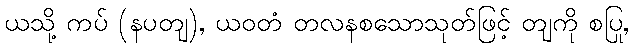
ယသို့ ကပ် (နပတျ), ယဝတံ တလနစသောသုတ်ဖြင့် တျကို စပြု,